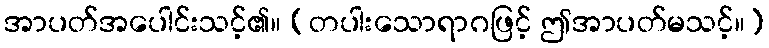
အာပတ်အပေါင်းသင့်၏။ (တပါးသောရာဂဖြင့် ဤအာပတ်မသင့်။)